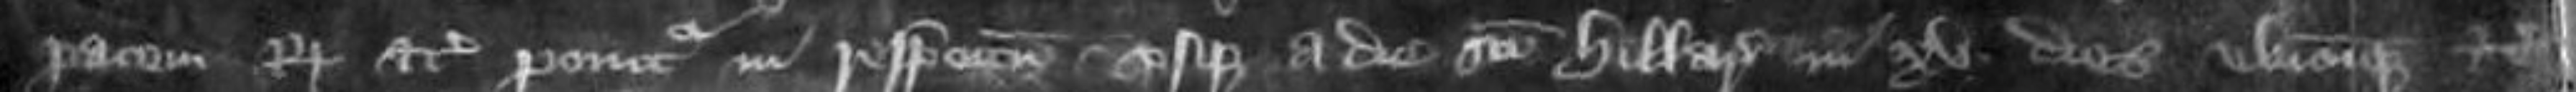
pacem Regis etc ponitur in respectum usque a die Sancti Hillarii in xv dies ubicumque etc